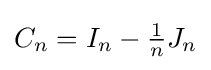
C_{n}=I_{n}-{\tfrac {1}{n}}J_{n}